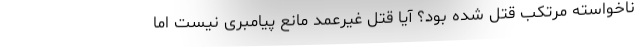
ناخواسته مرتکب قتل شده بود؟ آیا قتل غیر‌عمد مانع پیامبری نیست اما